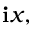
\mathbf { i } x ,